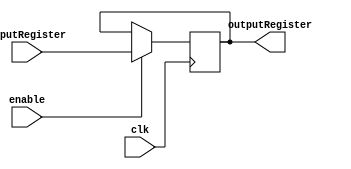
module ProgramCounter(
	input wire clk,		   
	input wire [31:0] inputRegister,
	output reg [31:0] outputRegister,
	input wire enable
	); 			 
	initial begin
		outputRegister <= 0;
	end

	always @(posedge clk)
		begin						
			if (enable == 1) 	 
				begin
					outputRegister = inputRegister;
			end
	end
endmodule